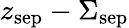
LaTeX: z_{\textrm{sep}}-\Sigma_{\textrm{sep}}